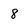
Character: 8